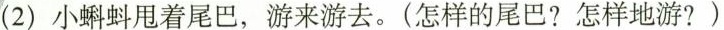
(2)小蝌蚪甩着尾巴，游来游去。(怎样的尾巴?怎样地游?)